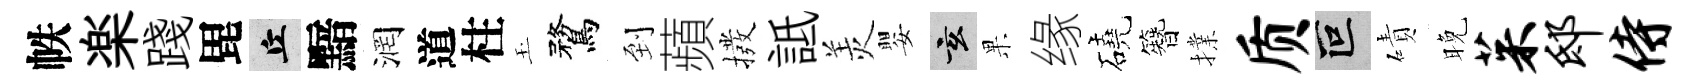
帙楽踐毘丘黯润道柱玉鶩到蘋撥詆羙嬰玄果缘磽簪擈质叵磧晚茱邸侍